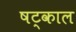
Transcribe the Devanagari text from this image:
षट्काल